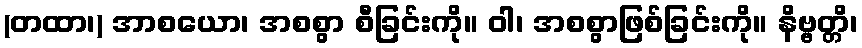
(တထာ၊) အာစယော၊ အစစွာ စီခြင်းကို။ ဝါ၊ အစစွာဖြစ်ခြင်းကို။ နိဗ္ဗတ္တိ၊